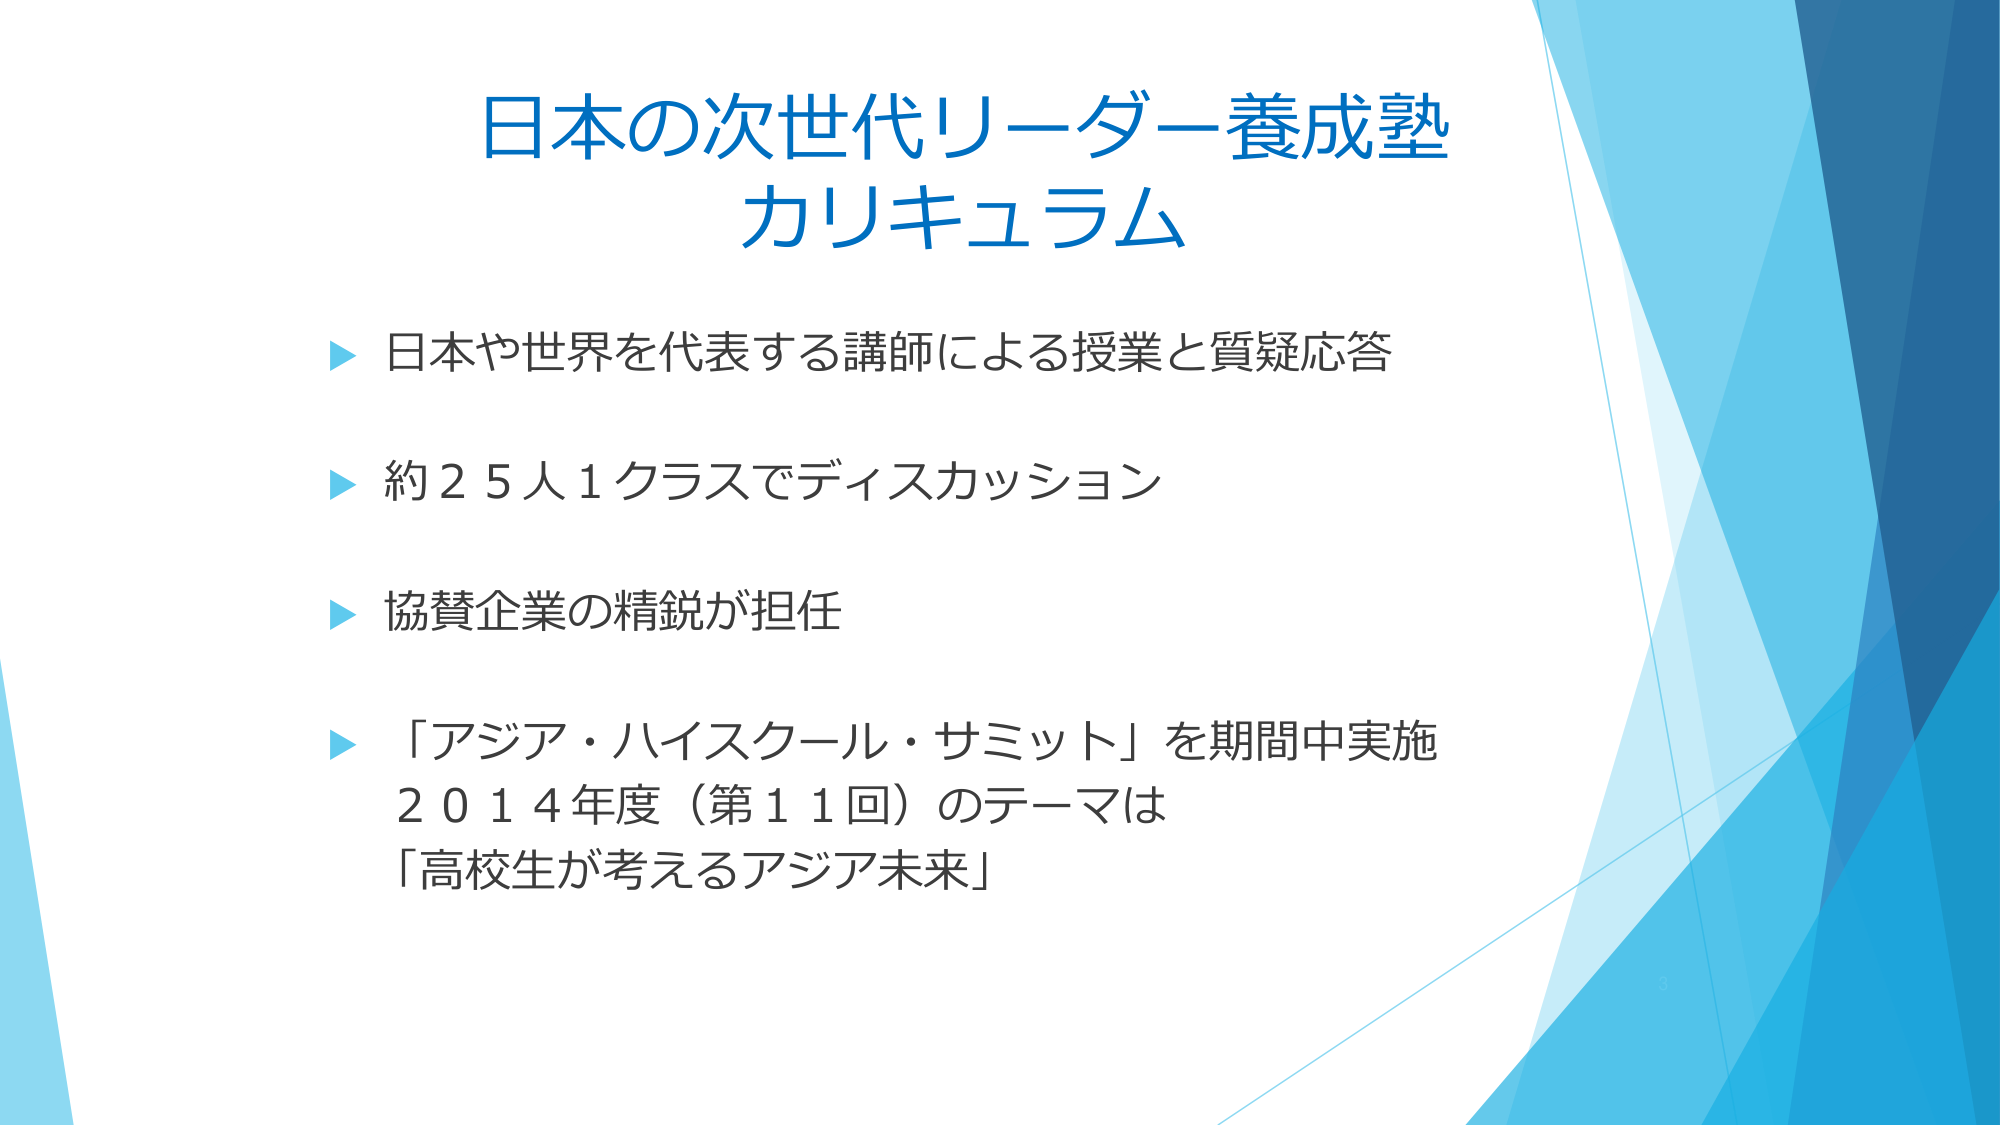
日本の次世代リーダー養成塾
カリキュラム

▶ 日本や世界を代表する講師による授業と質疑応答
▶ 約２５人１クラスでディスカッション
▶ 協賛企業の精鋭が担任
▶ 「アジア・ハイスクール・サミット」を期間中実施
　２０１４年度（第１１回）のテーマは
　「高校生が考えるアジア未来」